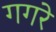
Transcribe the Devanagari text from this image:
गगरे